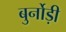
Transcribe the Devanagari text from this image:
बुर्नोड़ी